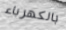
بالكهرباء